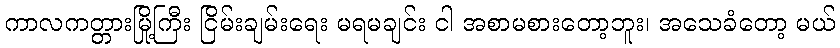
ကာလကတ္တားမြို့ကြီး ငြိမ်းချမ်းရေး မရမချင်း ငါ အစာမစားတော့ဘူး၊ အသေခံတော့ မယ်